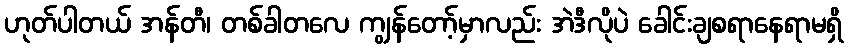
ဟုတ်ပါတယ် အန်တီ၊ တစ်ခါတလေ ကျွန်တော့်မှာလည်း အဲဒီလိုပဲ ခေါင်းချစရာနေရာမရှိ